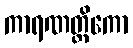
ကာရဏတ္ထိကော